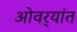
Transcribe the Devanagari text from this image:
ओवर्‍यांत